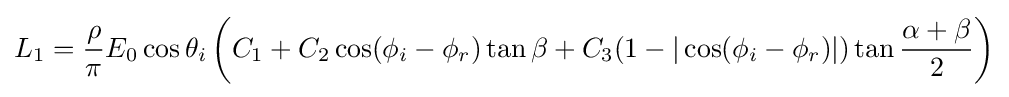
L_{1}={\frac {\rho }{\pi }}E_{0}\cos \theta _{i}\left(C_{1}+C_{2}\cos(\phi _{i}-\phi _{r})\tan \beta +C_{3}(1-|\cos(\phi _{i}-\phi _{r})|)\tan {\frac {\alpha +\beta }{2}}\right)